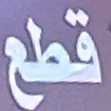
قطع